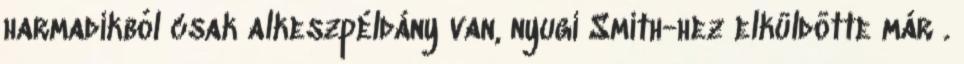
harmadikból csak alkeszpéldány van, nyugi Smith-hez elküldötte már .